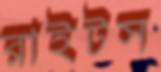
রাইটস